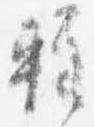
軽